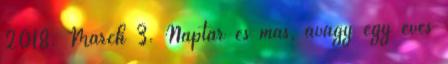
2018. March 3. Naptár és más, avagy egy éves